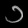
Digit: ၁